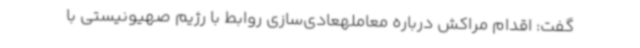
گفت: اقدام مراکش درباره معاملهعادی‌سازی روابط با رژیم صهیونیستی با